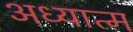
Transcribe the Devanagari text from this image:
अध्यात्‍म